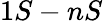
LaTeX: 1S-nS